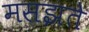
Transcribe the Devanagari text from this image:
मसझते